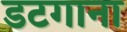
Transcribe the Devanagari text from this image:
डटगाना